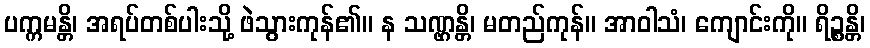
ပက္ကမန္တိ၊ အရပ်တစ်ပါးသို့ ဖဲသွားကုန်၏။ န သဏ္ဌန္တိ၊ မတည်ကုန်။ အာဝါသံ၊ ကျောင်းကို။ ရိဉ္စန္တိ၊